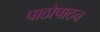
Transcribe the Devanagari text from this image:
पाठोपाठच